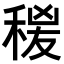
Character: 𥟛